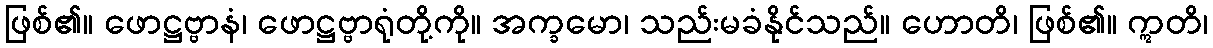
ဖြစ်၏။ ဖောဋ္ဌဗ္ဗာနံ၊ ဖောဋ္ဌဗ္ဗာရုံတို့ကို။ အက္ခမော၊ သည်းမခံနိုင်သည်။ ဟောတိ၊ ဖြစ်၏။ ဣတိ၊